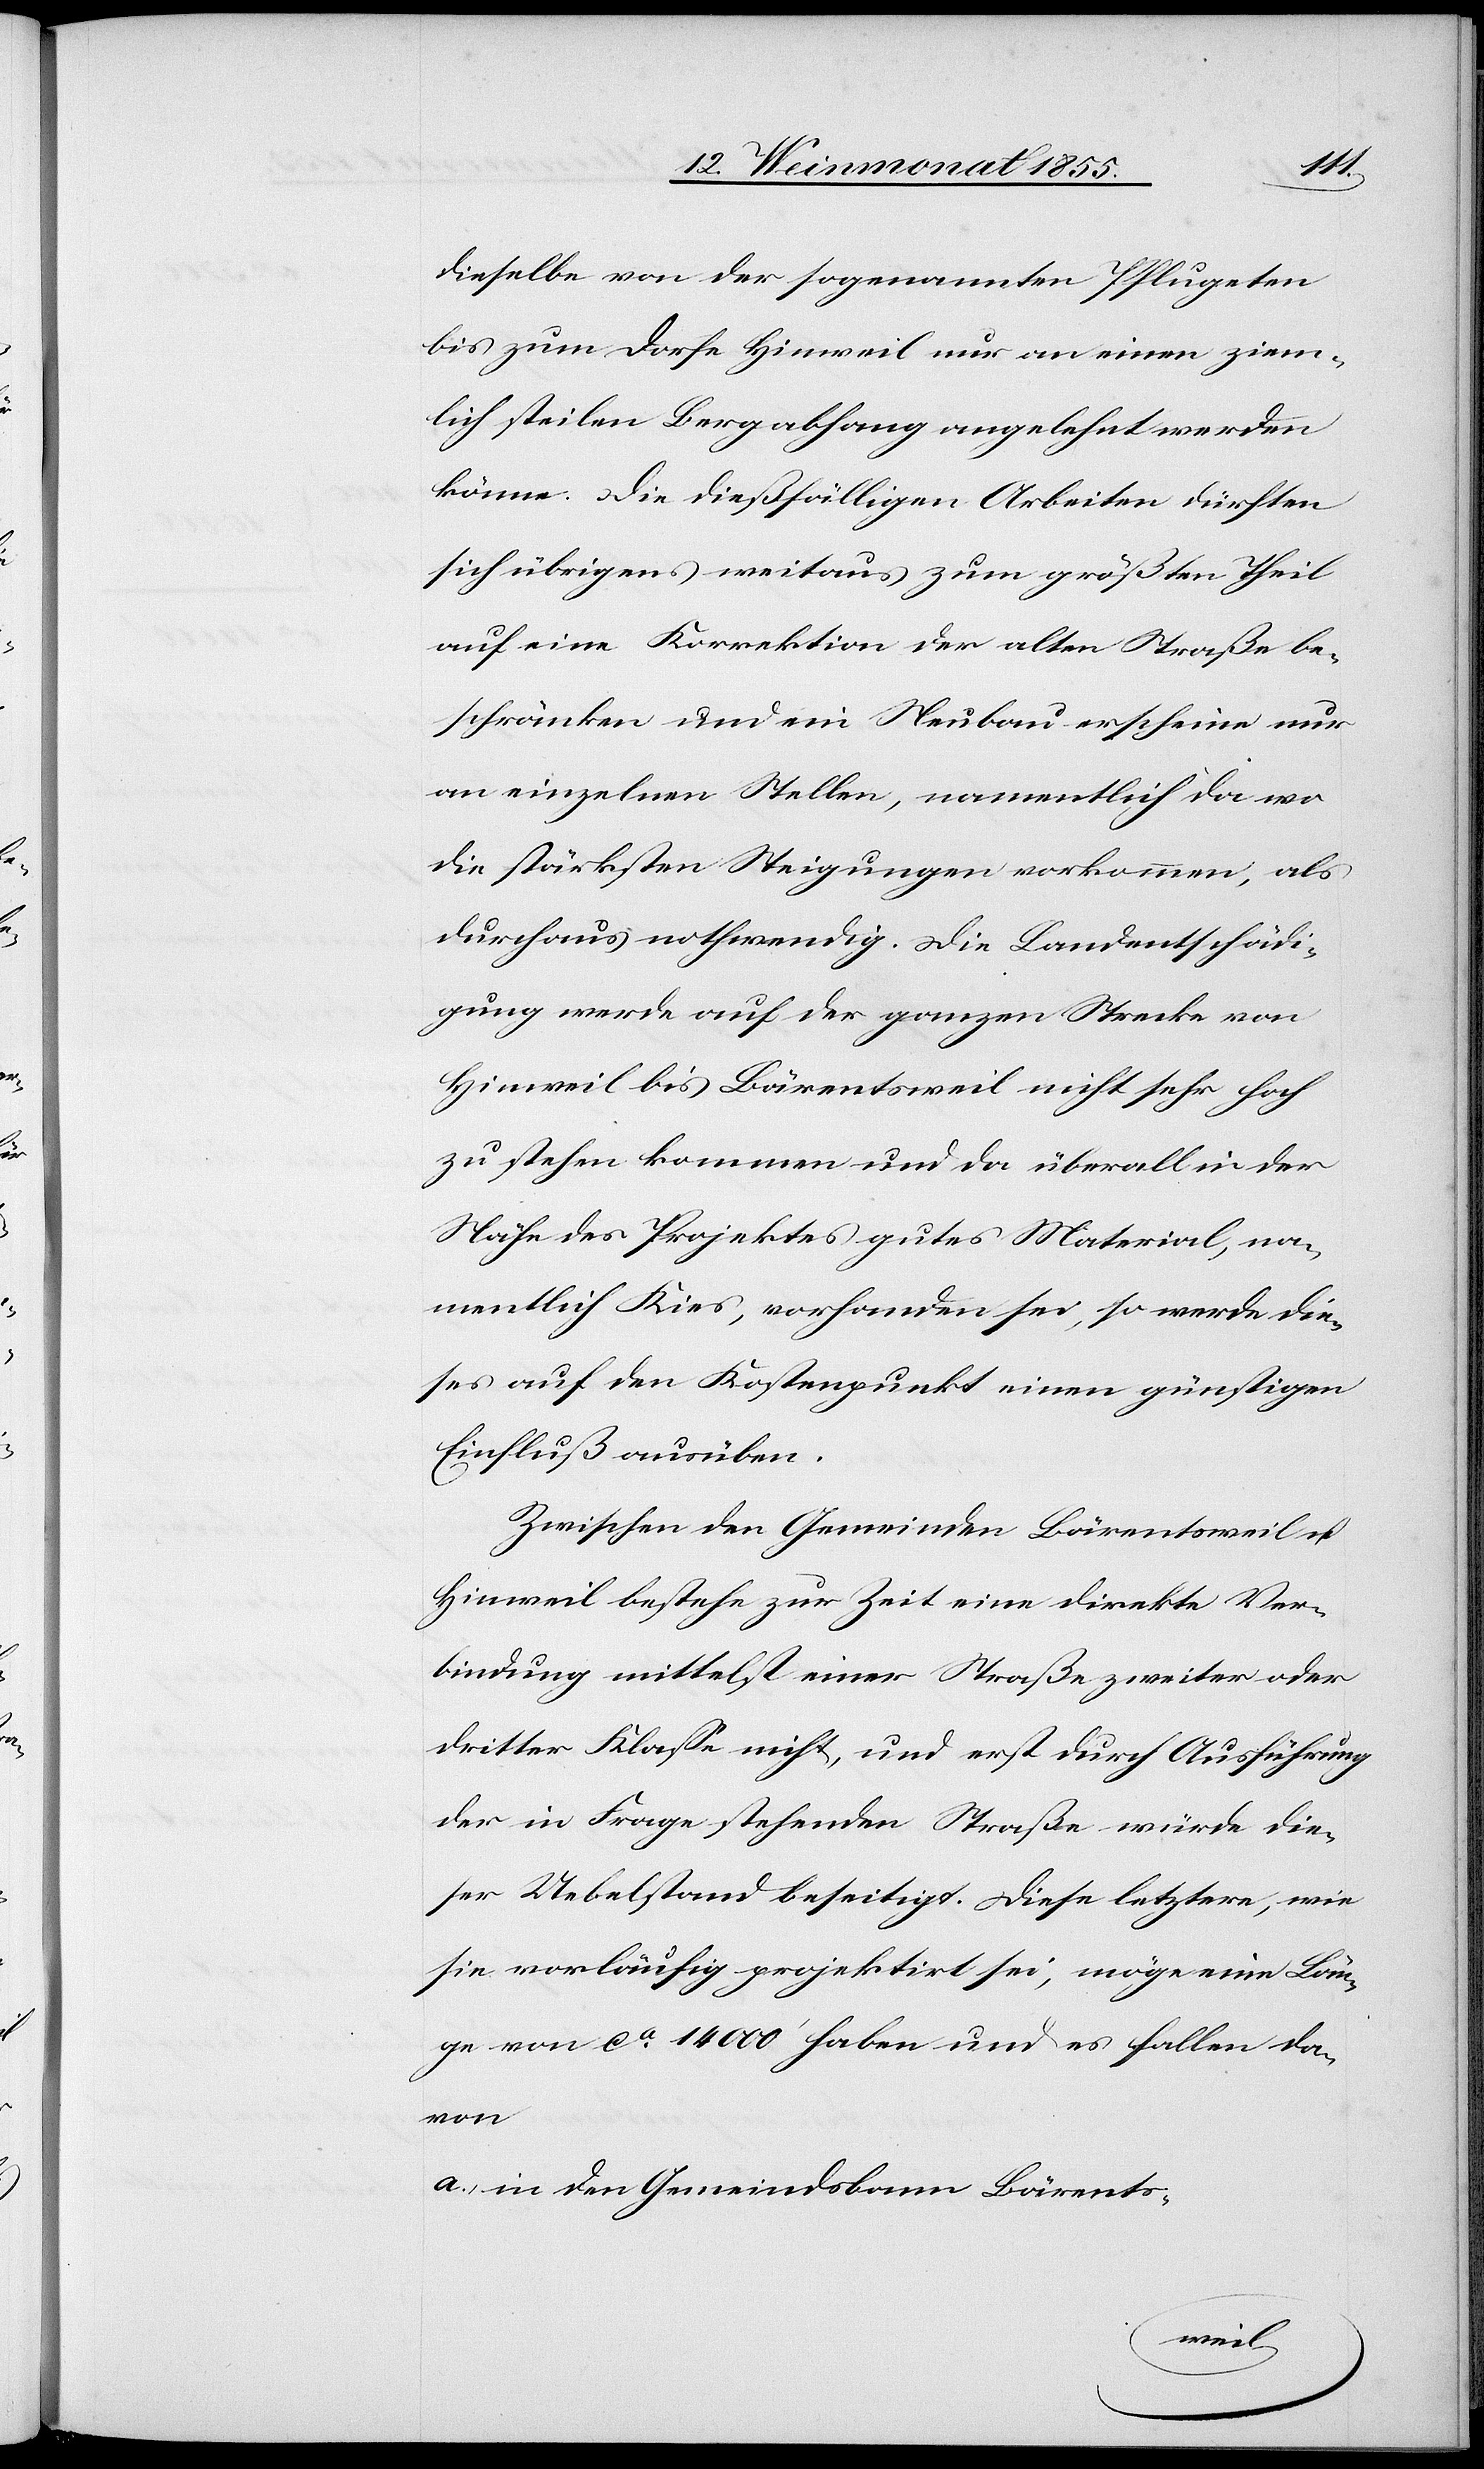
dieselbe von der sogenannten Pflugeten
bis zum Dorfe Hinweil nur an einen ziem¬
lich steilen Bergabhang angelehnt werden
könne. Die dießfälligen Arbeiten dürften
sich übrigens weitaus zum größten Theil
auf eine Korrektion der alten Straße be¬
schränken und ein Neubau erscheine nur
an einzelnen Stellen, namentlich da wo
die stärksten Steigungen vorkommen, als
durchaus nothwendig. Die Landentschädi¬
gung werde auf der ganzen Strecke von
Hinweil bis Bärentsweil nicht sehr hoch
zu stehen kommen und da überall in der
Nähe des Projektes gutes Material, na¬
mentlich Kies, vorhanden sei, so werde die¬
ses auf den Kostenpunkt einen günstigen
Einfluß ausüben.
Zwischen den Gemeinden Bärentsweil u.
Hinweil bestehe zur Zeit eine direkte Ver¬
bindung mittelst einer Straße zweiter oder
dritter Klasse nicht, und erst durch Ausführung
der in Frage stehenden Straße würde die¬
ser Uebelstand beseitigt. Diese letztere, wie
sie vorläufig projektirt sei, möge eine Län¬
ge von ca 14 000‘ haben und es fallen da¬
von
in den Gemeindsbann Bärents-